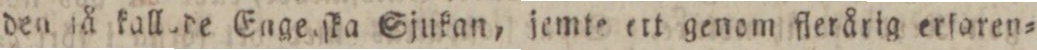
den jå kallade Engeiſka Sjukan, jemte ett genom flerårig erſoren=